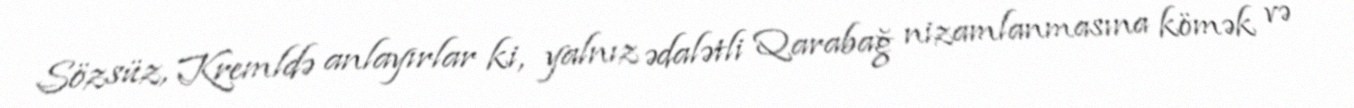
Sözsüz, Kremldə anlayırlar ki, yalnız ədalətli Qarabağ nizamlanmasına kömək və